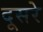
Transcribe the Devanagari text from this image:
दूसरेे